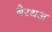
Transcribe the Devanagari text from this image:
बेरथअ